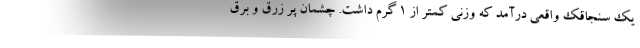
یک سنجاقک واقعی درآمد که وزنی کمتر از 1 گرم داشت. چشمان پر زرق و برق